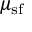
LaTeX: \mu _ { \mathrm { s f } }